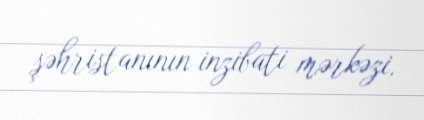
şəhristanının inzibati mərkəzi.